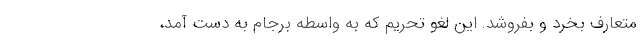
متعارف بخرد و بفروشد. این لغو تحریم که به واسطه برجام به دست آمد،